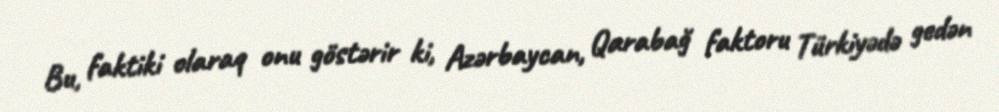
Bu, faktiki olaraq onu göstərir ki, Azərbaycan, Qarabağ faktoru Türkiyədə gedən